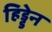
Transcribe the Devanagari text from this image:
हिड्डेन